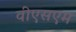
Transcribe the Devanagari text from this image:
वीएसएम